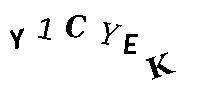
Y1CYEK